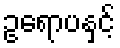
ဥရောပနှင့်